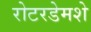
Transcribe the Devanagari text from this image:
रोटरडेमशे